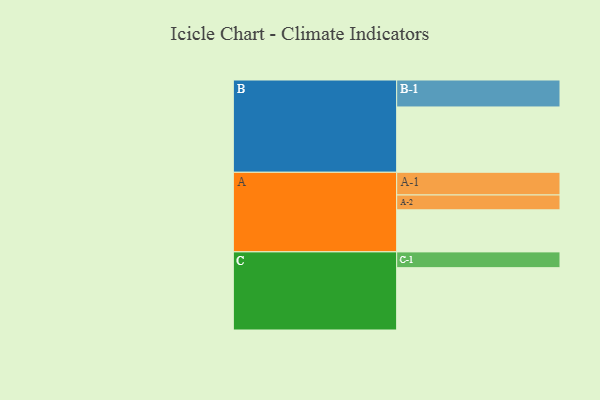
{"axis": {"x": "Segment", "y": "Value"}, "legend": ["", "A", "B", "C"], "data": [{"x": "A", "y": 365, "type": ""}, {"x": "B", "y": 567, "type": ""}, {"x": "C", "y": 541, "type": ""}, {"x": "A-1", "y": 197, "type": "A"}, {"x": "A-2", "y": 129, "type": "A"}, {"x": "B-1", "y": 234, "type": "B"}, {"x": "C-1", "y": 137, "type": "C"}]}